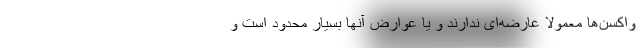
واکسن‌ها معمولا عارضه‌ای ندارند و یا عوارض آنها بسیار محدود است و